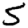
Digit: 5